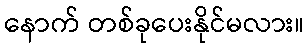
နောက် တစ်ခုပေးနိုင်မလား။